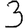
Digit: 3